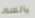
بالسم